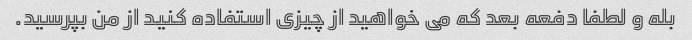
بله و لطفا دفعه بعد که می خواهید از چیزی استفاده کنید از من بپرسید.